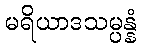
မရိယာဒသမ္ပန္နံ